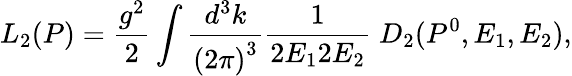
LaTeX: L_{2}(P)=\frac{g^{2}}{2}\int\frac{d^{3}k}{\left(2\pi\right)^{3}}\frac 1{2E_{1}2E_{2}}\; D_{2}(P^{0},E_{1},E_{2}),